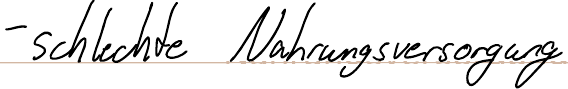
- schlechte Nahrungsversorgung